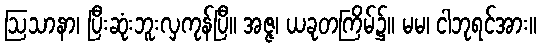
ဩသာနာ၊ ပြီးဆုံးဘူးလှကုန်ပြီ။ အဇ္ဇ၊ ယခုတကြိမ်၌။ မမ၊ ငါဘုရင်အား။